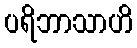
ပရိဘာသာဟိ